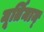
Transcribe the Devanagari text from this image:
मूर्तिमान्‌